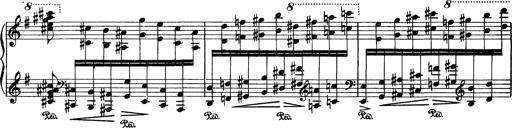
Title: AnnÃ©es de pÃ¨lerinage I
Composer: Franz Liszt